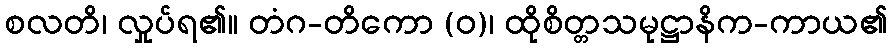
စလတိ၊ လှုပ်ရ၏။ တံဂ-တိကော (ဝ)၊ ထိုစိတ္တသမုဋ္ဌာနိက-ကာယ၏